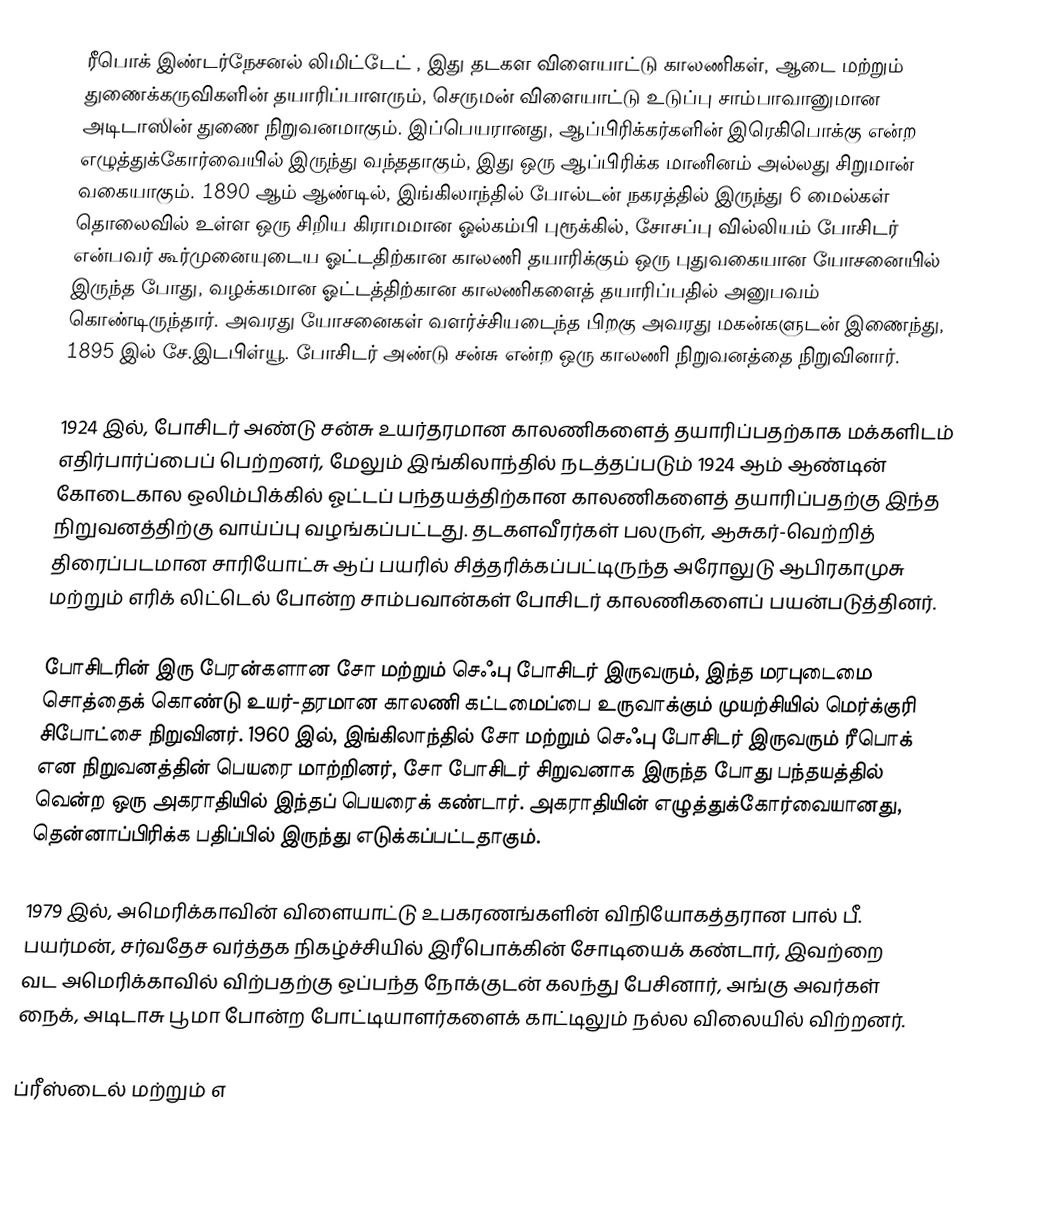
ரீபொக் இண்டர்நேசனல் லிமிட்டேட் , இது தடகள விளையாட்டு காலணிகள், ஆடை மற்றும் துணைக்கருவிகளின் தயாரிப்பாளரும், செருமன் விளையாட்டு உடுப்பு சாம்பாவானுமான அடிடாஸின் துணை நிறுவனமாகும். இப்பெயரானது, ஆப்பிரிக்கர்களின் இரெகிபொக்கு என்ற எழுத்துக்கோர்வையில் இருந்து வந்ததாகும், இது ஒரு ஆப்பிரிக்க மானினம் அல்லது சிறுமான் வகையாகும். 1890 ஆம் ஆண்டில், இங்கிலாந்தில் போல்டன் நகரத்தில் இருந்து 6 மைல்கள் தொலைவில் உள்ள ஒரு சிறிய கிராமமான ஓல்கம்பி புரூக்கில், சோசப்பு வில்லியம் போசிடர் என்பவர் கூர்முனையுடைய ஓட்டதிற்கான காலணி தயாரிக்கும் ஒரு புதுவகையான யோசனையில் இருந்த போது, வழக்கமான ஓட்டத்திற்கான காலணிகளைத் தயாரிப்பதில் அனுபவம் கொண்டிருந்தார். அவரது யோசனைகள் வளர்ச்சியடைந்த பிறகு அவரது மகன்களுடன் இணைந்து, 1895 இல் சே.இடபிள்யூ. போசிடர் அண்டு சன்சு  என்ற ஒரு காலணி நிறுவனத்தை நிறுவினார்.

1924 இல், போசிடர் அண்டு சன்சு உயர்தரமான காலணிகளைத் தயாரிப்பதற்காக மக்களிடம் எதிர்பார்ப்பைப் பெற்றனர், மேலும் இங்கிலாந்தில் நடத்தப்படும் 1924 ஆம் ஆண்டின் கோடைகால ஒலிம்பிக்கில் ஓட்டப் பந்தயத்திற்கான காலணிகளைத் தயாரிப்பதற்கு இந்த நிறுவனத்திற்கு வாய்ப்பு வழங்கப்பட்டது. தடகளவீரர்கள் பலருள், ஆசுகர்-வெற்றித் திரைப்படமான சாரியோட்சு ஆப் பயரில் சித்தரிக்கப்பட்டிருந்த அரோலுடு ஆபிரகாமுசு மற்றும் எரிக் லிட்டெல் போன்ற சாம்பவான்கள் போசிடர் காலணிகளைப் பயன்படுத்தினர்.

போசிடரின் இரு பேரன்களான சோ மற்றும் செஃபு போசிடர் இருவரும், இந்த மரபுடைமை சொத்தைக் கொண்டு உயர்-தரமான காலணி கட்டமைப்பை உருவாக்கும் முயற்சியில் மெர்க்குரி சிபோட்சை நிறுவினர். 1960 இல், இங்கிலாந்தில் சோ மற்றும் செஃபு போசிடர் இருவரும் ரீபொக்  என நிறுவனத்தின் பெயரை மாற்றினர், சோ போசிடர் சிறுவனாக இருந்த போது பந்தயத்தில் வென்ற ஒரு அகராதியில் இந்தப் பெயரைக் கண்டார். அகராதியின் எழுத்துக்கோர்வையானது, தென்னாப்பிரிக்க பதிப்பில் இருந்து எடுக்கப்பட்டதாகும்.

1979 இல், அமெரிக்காவின் விளையாட்டு உபகரணங்களின் விநியோகத்தரான பால் பீ. பயர்மன், சர்வதேச வர்த்தக நிகழ்ச்சியில் இரீபொக்கின் சோடியைக் கண்டார், இவற்றை வட அமெரிக்காவில் விற்பதற்கு ஒப்பந்த நோக்குடன் கலந்து பேசினார், அங்கு அவர்கள் நைக், அடிடாசு பூமா போன்ற போட்டியாளர்களைக் காட்டிலும் நல்ல விலையில் விற்றனர்.

ப்ரீஸ்டைல் மற்றும் எ